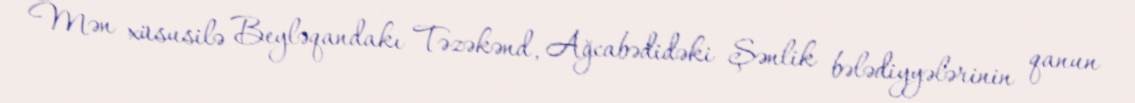
Mən xüsusilə Beyləqandakı Təzəkənd, Ağcabədidəki Şənlik bələdiyyələrinin qanun